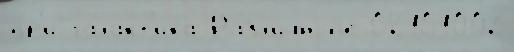
пр'и гала́кт'ика Разл'и́чныjе 02101002